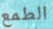
الطمع